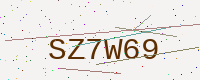
Text: SZ7W69